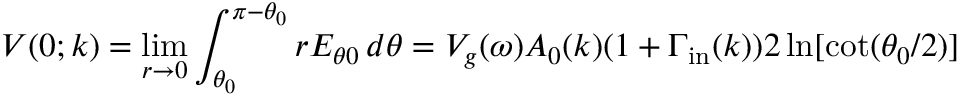
V ( 0 ; k ) = \operatorname* { l i m } _ { r \to 0 } \int _ { \theta _ { 0 } } ^ { \pi - \theta _ { 0 } } r E _ { \theta 0 } \, d \theta = V _ { g } ( \omega ) A _ { 0 } ( k ) ( 1 + \Gamma _ { \mathrm { i n } } ( k ) ) 2 \ln [ \cot ( \theta _ { 0 } / 2 ) ]